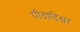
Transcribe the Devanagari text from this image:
पीठादिश्वर